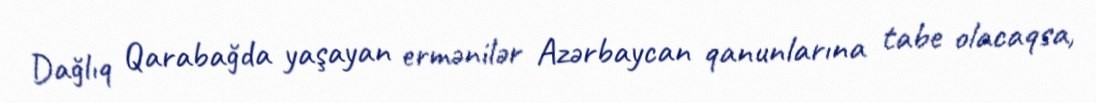
Dağlıq Qarabağda yaşayan ermənilər Azərbaycan qanunlarına tabe olacaqsa,